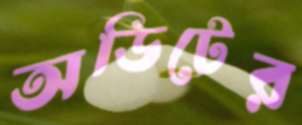
অডিটের